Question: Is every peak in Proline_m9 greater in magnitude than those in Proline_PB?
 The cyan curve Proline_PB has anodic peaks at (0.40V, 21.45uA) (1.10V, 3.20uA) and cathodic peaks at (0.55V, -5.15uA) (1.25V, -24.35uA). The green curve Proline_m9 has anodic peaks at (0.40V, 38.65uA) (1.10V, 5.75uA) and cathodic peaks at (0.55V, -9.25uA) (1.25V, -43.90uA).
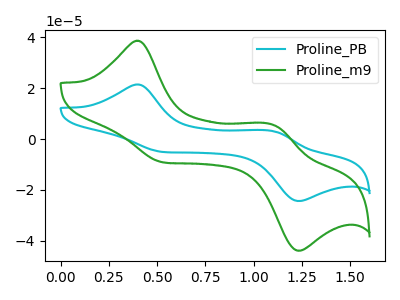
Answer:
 <answer>Every peak in "Proline_m9" is higher than every peak in "Proline_PB".</answer>
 <eval>higher</eval>